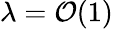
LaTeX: \lambda={\cal O}(1)